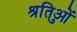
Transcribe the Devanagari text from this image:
श्रुतिओं